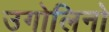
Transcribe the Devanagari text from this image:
उगोलिनो